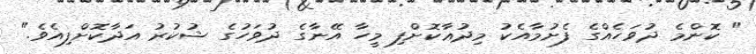
" ކޮންމެ ދުވަހެއްގެ ފެށުމާއެކު މިދުޢާކޮށްފި މީހާ އޭނާގެ ދުވަހުގެ ޝުކުރު އަދާކޮށްފިއެވެ."